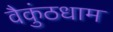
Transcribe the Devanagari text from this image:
वैकुंठधाम